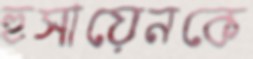
হুসায়েনকে